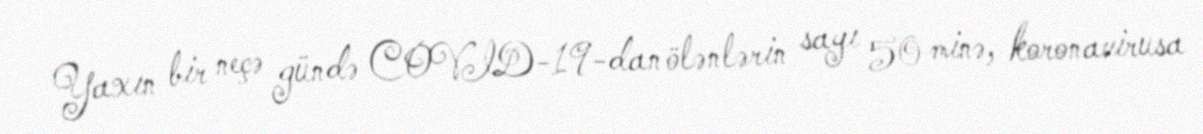
Yaxın bir neçə gündə COVID-19-dan ölənlərin sayı 50 minə, koronavirusa